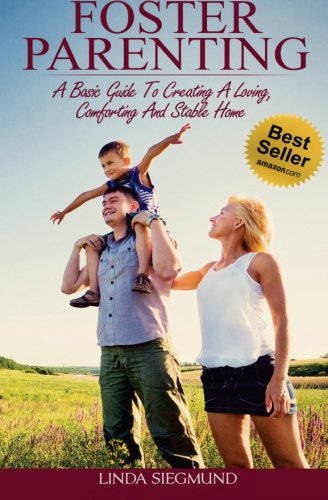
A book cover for Foster Parenting: A Basic Guide to Creating a Loving, Comforting and Stable Home; Linda Siegmund; Parenting & Relationships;